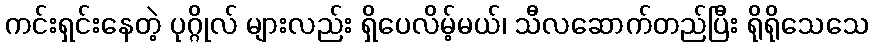
ကင်းရှင်းနေတဲ့ ပုဂ္ဂိုလ် များလည်း ရှိပေလိမ့်မယ်၊ သီလဆောက်တည်ပြီး ရိုရိုသေသေ